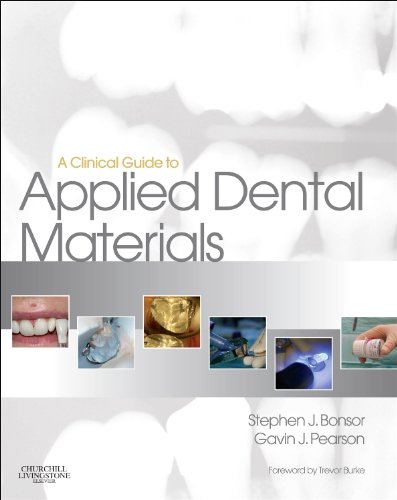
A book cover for A Clinical Guide to Applied Dental Materials, 1e; Stephen J. Bonsor BDS(Hons) MSc FHEA; Medical Books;